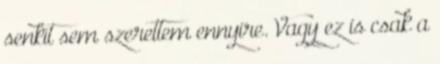
senkit sem szerettem ennyire. Vagy ez is csak a